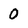
Character: 0